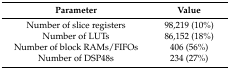
<table><thead><tr><td><b>Parameter</b></td><td><b>Value</b></td></tr></thead><tbody><tr><td>Number of slice registers </td><td>98,219 (10%)</td></tr><tr><td>Number of LUTs</td><td>86,152 (18%)</td></tr><tr><td>Number of block RAMs/FIFOs</td><td>406 (56%)</td></tr><tr><td>Number of DSP48s</td><td>234 (27%)</td></tr></tbody></table>